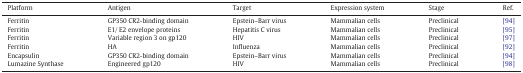
<table><thead><tr><td><b>Platform</b></td><td><b>Antigen</b></td><td><b>Target</b></td><td><b>Expression system</b></td><td><b>Stage</b></td><td><b>Ref.</b></td></tr></thead><tbody><tr><td>Ferritin</td><td>GP350 CR2-binding domain</td><td>Epstein–Barr virus</td><td>Mammalian cells</td><td>Preclinical</td><td>[94]</td></tr><tr><td>Ferritin</td><td>E1/ E2 envelope proteins</td><td>Hepatitis C virus</td><td>Mammalian cells</td><td>Preclinical</td><td>[95]</td></tr><tr><td>Ferritin</td><td>Variable region 3 on gp120</td><td>HIV</td><td>Mammalian cells</td><td>Preclinical</td><td>[97]</td></tr><tr><td>Ferritin</td><td>HA</td><td>Influenza</td><td>Mammalian cells</td><td>Preclinical</td><td>[92]</td></tr><tr><td>Encapsulin</td><td>GP350 CR2-binding domain</td><td>Epstein–Barr virus</td><td>Mammalian cells</td><td>Preclinical</td><td>[94]</td></tr><tr><td>Lumazine Synthase</td><td>Engineered gp120</td><td>HIV</td><td>Mammalian cells</td><td>Preclinical</td><td>[98]</td></tr></tbody></table>